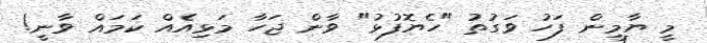
މީ ޔާމީން ފަހު ވަގުތު "ހެޔޮފުޅު" ވާން ޖަހާ މަޅިއެއް ކަމައް ވާނީ!